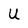
Character: U